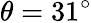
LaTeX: \theta=31^{\circ}